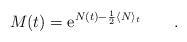
LaTeX: \begin{align*}M(t) = {\rm e}^{N(t) - \frac12\langle N\rangle_t}\qquad.\end{align*}